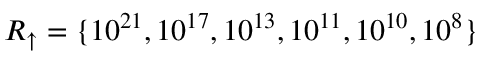
R _ { \uparrow } = \{ 1 0 ^ { 2 1 } , 1 0 ^ { 1 7 } , 1 0 ^ { 1 3 } , 1 0 ^ { 1 1 } , 1 0 ^ { 1 0 } , 1 0 ^ { 8 } \}